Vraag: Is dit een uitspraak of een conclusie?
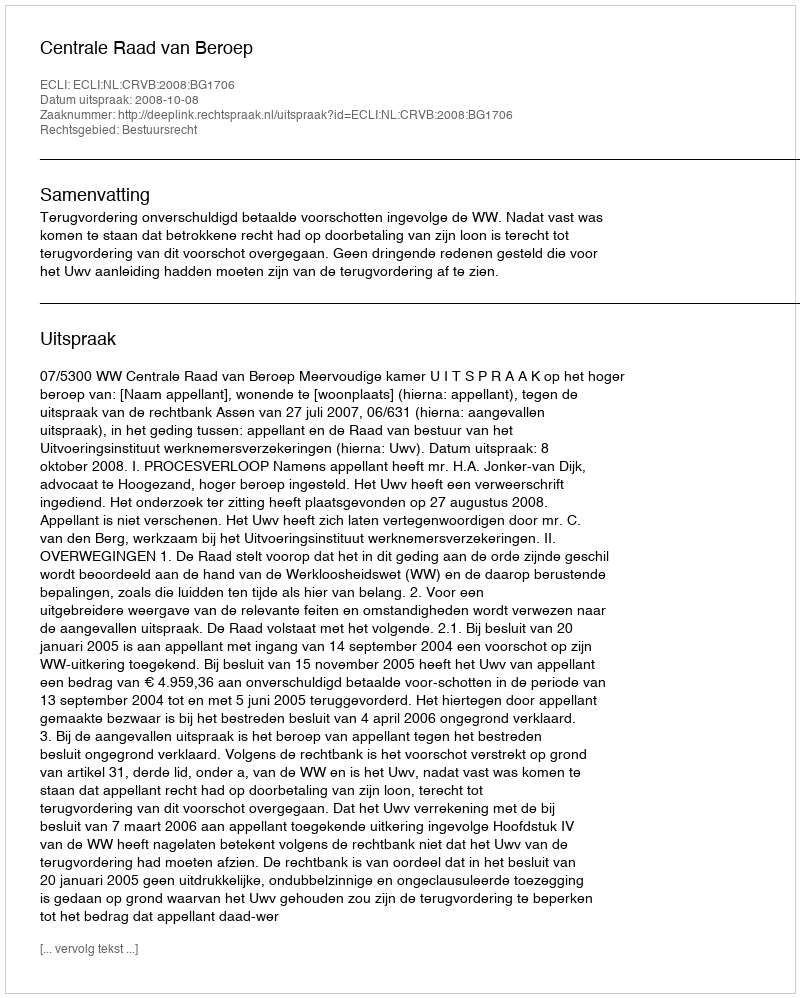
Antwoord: Uitspraak